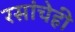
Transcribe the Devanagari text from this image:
रसांचेही